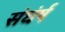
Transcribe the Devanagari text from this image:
संघंर्ष